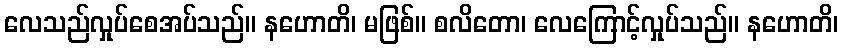
လေသည်လှုပ်စေအပ်သည်။ နဟောတိ၊ မဖြစ်။ စလိတော၊ လေကြောင့်လှုပ်သည်။ နဟောတိ၊